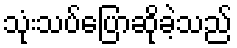
သုံးသပ်ပြောဆိုခဲ့သည်